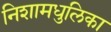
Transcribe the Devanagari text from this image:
निशामधुलिका